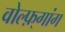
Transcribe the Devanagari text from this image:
वोल्फ़्गांग